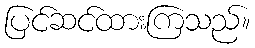
ပြင်ဆင်ထားကြသည်။